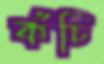
কঁচি